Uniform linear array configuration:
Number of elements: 16
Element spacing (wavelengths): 0.5
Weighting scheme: binomial
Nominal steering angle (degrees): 15
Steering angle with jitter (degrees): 13.93
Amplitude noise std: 0.05
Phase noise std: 0.05

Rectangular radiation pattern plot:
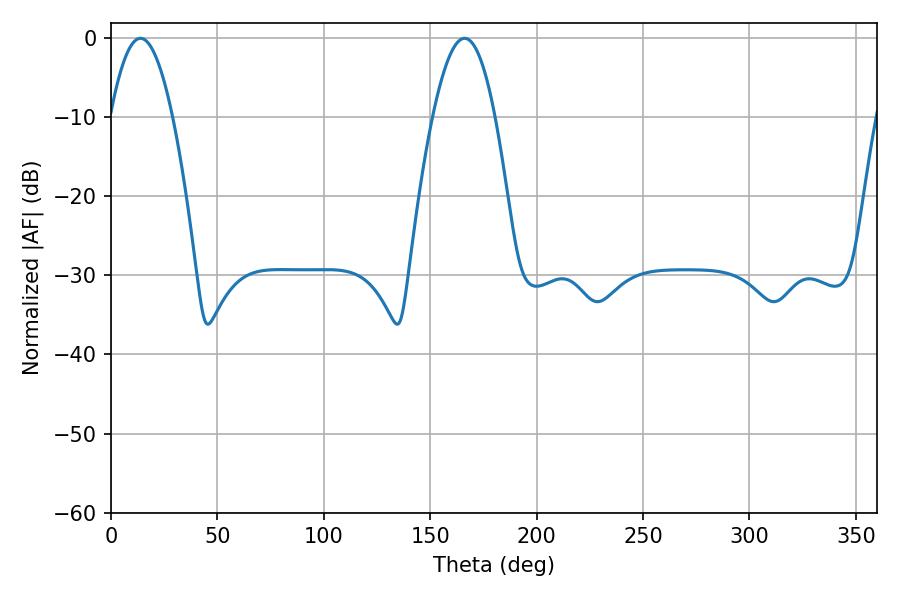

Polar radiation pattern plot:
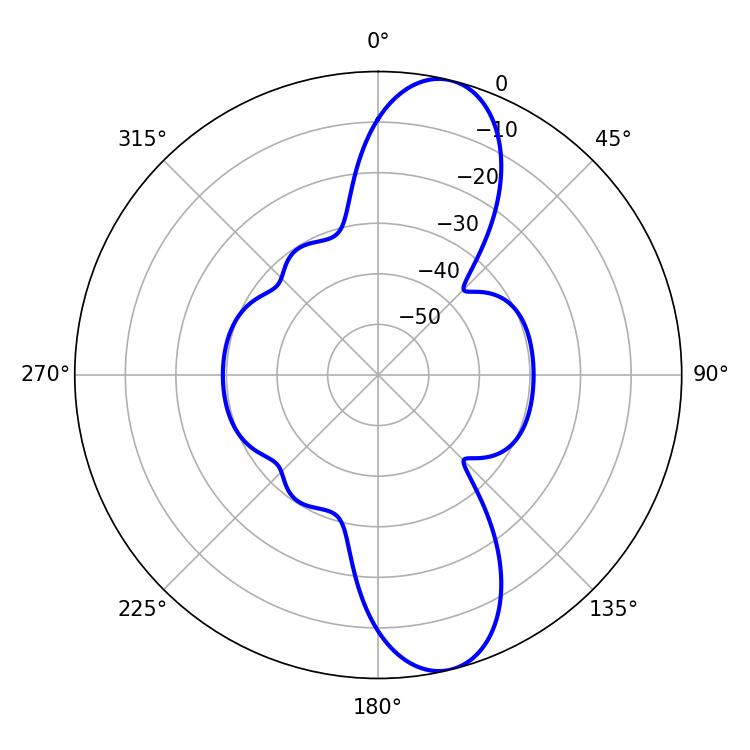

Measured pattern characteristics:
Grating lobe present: FALSE
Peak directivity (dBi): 11.403
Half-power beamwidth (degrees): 16.02
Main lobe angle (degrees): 13.86